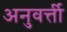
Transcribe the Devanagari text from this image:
अनुवर्त्ती